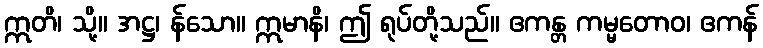
ဣတိ၊ သို့။ အဋ္ဌ၊ န်သော။ ဣမာနိ၊ ဤ ရုပ်တို့သည်။ ဧကန္တ ကမ္မတောဝ၊ ဧကန်